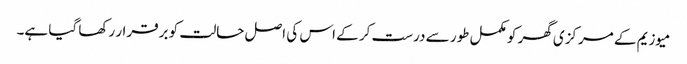
میوزیم کے مرکزی گھر کو مکمل طور سے درست کر کے اس کی اصل حالت کو برقرار رکھا گیا ہے۔